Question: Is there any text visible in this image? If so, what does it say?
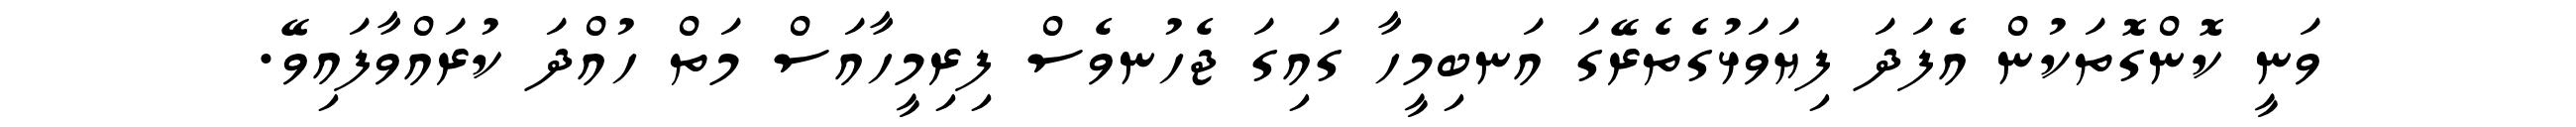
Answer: ވަނީ ކޮންގޮތަކުން އެފަދަ ފިޔަވަޅުގެތެރޭގަ އަނބިމީހާ ގައިގަ ޖެހުނވެސް ފިރިމީހާއަސް މަތް ހުއްދަ ކުރައްވާފައިވޭ.